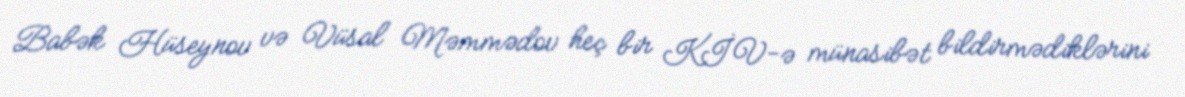
Babək Hüseynov və Vüsal Məmmədov heç bir KİV-ə münasibət bildirmədiklərini